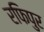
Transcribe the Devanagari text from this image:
रफिपुर